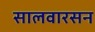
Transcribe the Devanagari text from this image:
सालवारसन